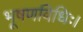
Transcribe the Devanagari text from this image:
भूषणविधिः।